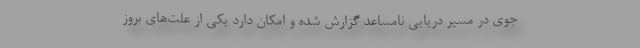
جوی در مسیر دریایی نامساعد گزارش شده و امکان دارد یکی از علت‌های بروز